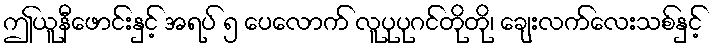
ဤယူနီဖောင်းနှင့် အရပ် ၅ ပေလောက် လူပုပုဂင်တိုတို၊ ချေးလက်လေးသစ်နှင့်